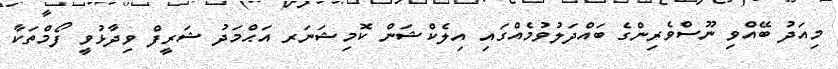
މިއަދު ބޭއްވި ނޫސްވެރިންގެ ބައްދަލުވުމެއްގައި އިލެކްޝަން ކޮމިޝަނަރ އަޙްމަދު ޝަރީފް ވިދާޅުވީ ފޯމްތަކާ